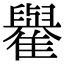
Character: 𩁕